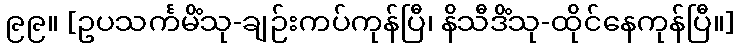
၉၉။ [ဥပသင်္ကမိံသု-ချဉ်းကပ်ကုန်ပြီ၊ နိသီဒိံသု-ထိုင်နေကုန်ပြီ။]